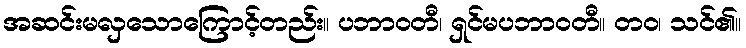
အဆင်းမလှသောကြောင့်တည်း။ ပဘာဝတီ၊ ရှင်မပဘာဝတီ။ တဝ၊ သင်၏။